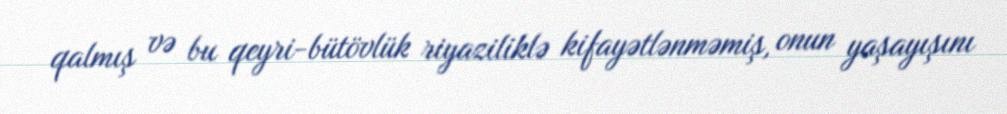
qalmış və bu qeyri-bütövlük riyaziliklə kifayətlənməmiş, onun yaşayışını